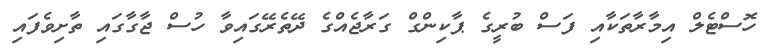
ހޮސްޓެލް އިމާރާތަކާއި ފަސް ބުރީގެ ޕާކިންގް ގަރާޖެއްގެ ދޭތެރޭގައިވާ ހުސް ޖާގާގައި ތާށިވެފައި